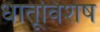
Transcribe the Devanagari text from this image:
धातूविशेष